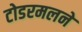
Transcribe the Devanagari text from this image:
टोडरमलने